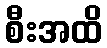
စီးအထိ